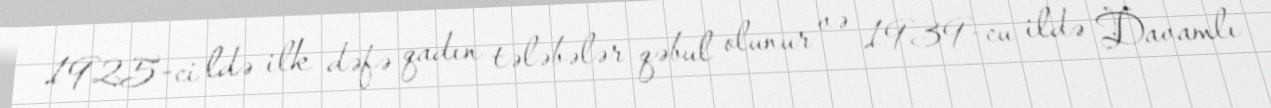
1925-ci ldə ilk dəfə qadın tələbələr qəbul olunur və 1939-cu ildə Davamlı